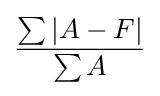
{\frac {\sum {|A-F|}}{\sum {A}}}